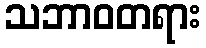
သဘာဝတရား